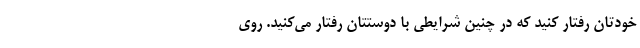
خودتان رفتار کنید که در چنین شرایطی با دوستتان رفتار می‌کنید. روی